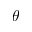
\theta